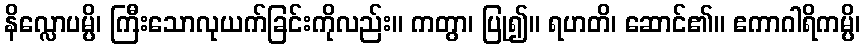
နိလ္လောပမ္ပိ၊ ကြီးသောလုယက်ခြင်းကိုလည်း။ ကတွာ၊ ပြု၍။ ရဟတိ၊ ဆောင်၏။ ဧကာဂါရိကမ္ပိ၊